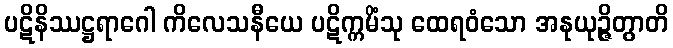
ပဋိနိဿဋ္ဌရာဂေါ ကိလေသနီယေ ပဋိက္ကမိံသု ထေရဝံသော အနုယုဉ္ဇိတွာတိ